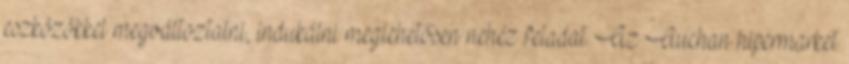
eszközökkel megváltoztatni, indukálni meglehetősen nehéz feladat. Az Auchan hipermarket